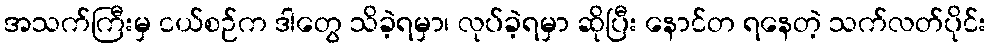
အသက်ကြီးမှ ငယ်စဉ်က ဒါတွေ သိခဲ့ရမှာ၊ လုပ်ခဲ့ရမှာ ဆိုပြီး နောင်တ ရနေတဲ့ သက်လတ်ပိုင်း